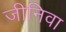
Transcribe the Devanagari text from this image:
जीनिवा